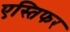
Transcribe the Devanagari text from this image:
एस्तिफर